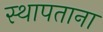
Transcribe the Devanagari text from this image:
स्थापताना